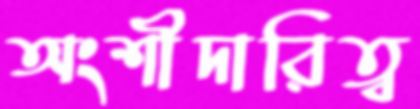
অংশীদারিত্ব